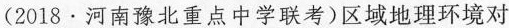
（2018·河南豫北重点中学联考）区域地理环境对